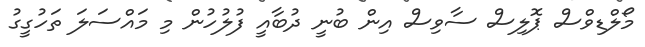
މޯލްޑިވްސް ޕޮލިސް ސާވިސް އިން ބުނީ ދުބާއީ ފުލުހުން މި މައްސަލަ ތަހުގީގު